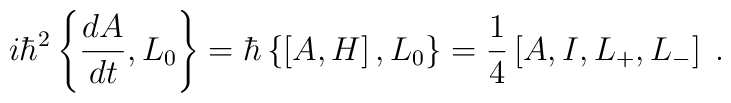
i\hbar^{2}\left\{  \frac{dA}{dt},L_{0}\right\}  =\hbar\left\{  \left[A,H\right]  ,L_{0}\right\}  =\frac{1}{4}\left[  A,I,L_{+},L_{-}\right]  \;.